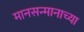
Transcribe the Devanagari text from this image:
मानसन्मानाच्या